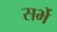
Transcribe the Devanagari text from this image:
सर्भे